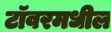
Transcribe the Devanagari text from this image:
टॉवरमधील